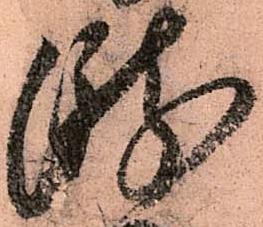
瀧